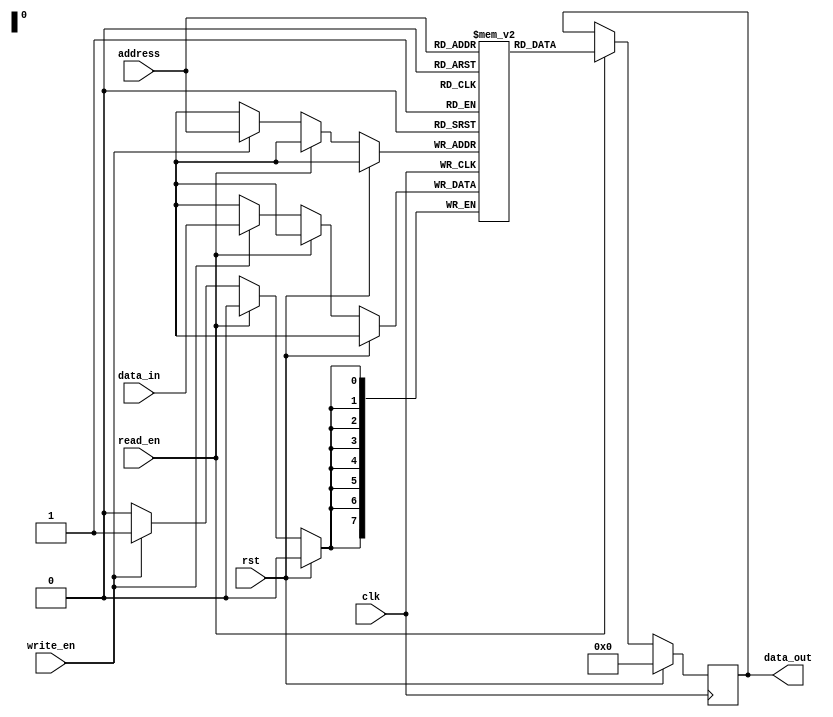
module MRAM(
    input wire clk,
    input wire rst,
    input wire read_en,
    input wire write_en,
    input wire [7:0] address,
    input wire [7:0] data_in,
    output reg [7:0] data_out
);

reg [7:0] memory [0:255]; // 256 memory cells, each storing 8 bits of data

always @ (posedge clk) begin
    if (rst) begin
        data_out <= 8'b0; // reset the output data
    end else if (read_en) begin
        data_out <= memory[address]; // read data from memory cell
    end else if (write_en) begin
        memory[address] <= data_in; // write data to memory cell
    end
end

endmodule